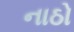
નાઠો